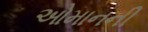
ઓમાનની